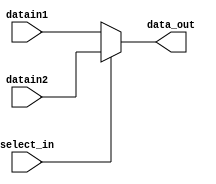
//=========================================================================
// Name & Email must be EXACTLY as in Gradescope roster!
// Name: 
// Email: 
// 
// Assignment name: 
// Lab section: 
// TA: 
// 
// I hereby certify that I have not received assistance on this assignment,
// or used code, from ANY outside source other than the instruction team
// (apart from what was provided in the starter file).
//
//=========================================================================

//=========================================================================
//
// DO NOT CHANGE ANYTHING BELOW THIS COMMENT. IT IS PROVIDED TO MAKE SURE 
// YOUR LAB IS SUCCESSFULL. 
//
//=========================================================================

`timescale 1ns / 1ps

module mux_2_1 (select_in, datain1, datain2, data_out);

// Parameters 
parameter WORD_SIZE = 32 ; 

// Input and outputs 
// Modelling with Continuous Assignments 

input  wire select_in ;  
input  wire [WORD_SIZE-1:0] datain1 ; 
input  wire [WORD_SIZE-1:0] datain2 ; 
output wire [WORD_SIZE-1:0] data_out ;

assign data_out = (select_in) ? datain2 : datain1;

endmodule